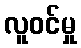
လူဝင်မှု